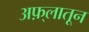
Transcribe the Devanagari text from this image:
अफ़्लातून